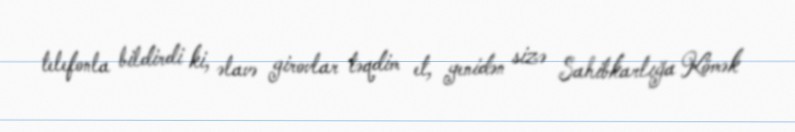
telefonla bildirdi ki, əlavə girovlar təqdim et, yenidən sizə Sahibkarlığa Kömək